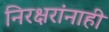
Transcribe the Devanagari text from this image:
निरक्षरांनाही